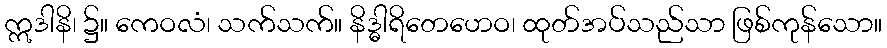
ဣဒါနိ၊ ၌။ ကေဝလံ၊ သက်သက်။ နိဒ္ဓါရိတေဟေဝ၊ ထုတ်အပ်သည်သာ ဖြစ်ကုန်သော။